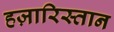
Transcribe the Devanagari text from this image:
हज़ारिस्तान